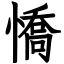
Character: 憍